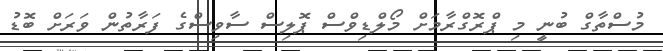
މުސްތާގް ބުނީ މި ޕްރޮގްރާމަށް މޯލްޑިވްސް ޕޮލިސް ސާވިސްގެ ފަރާތުން ވަރަށް ބޮޑު